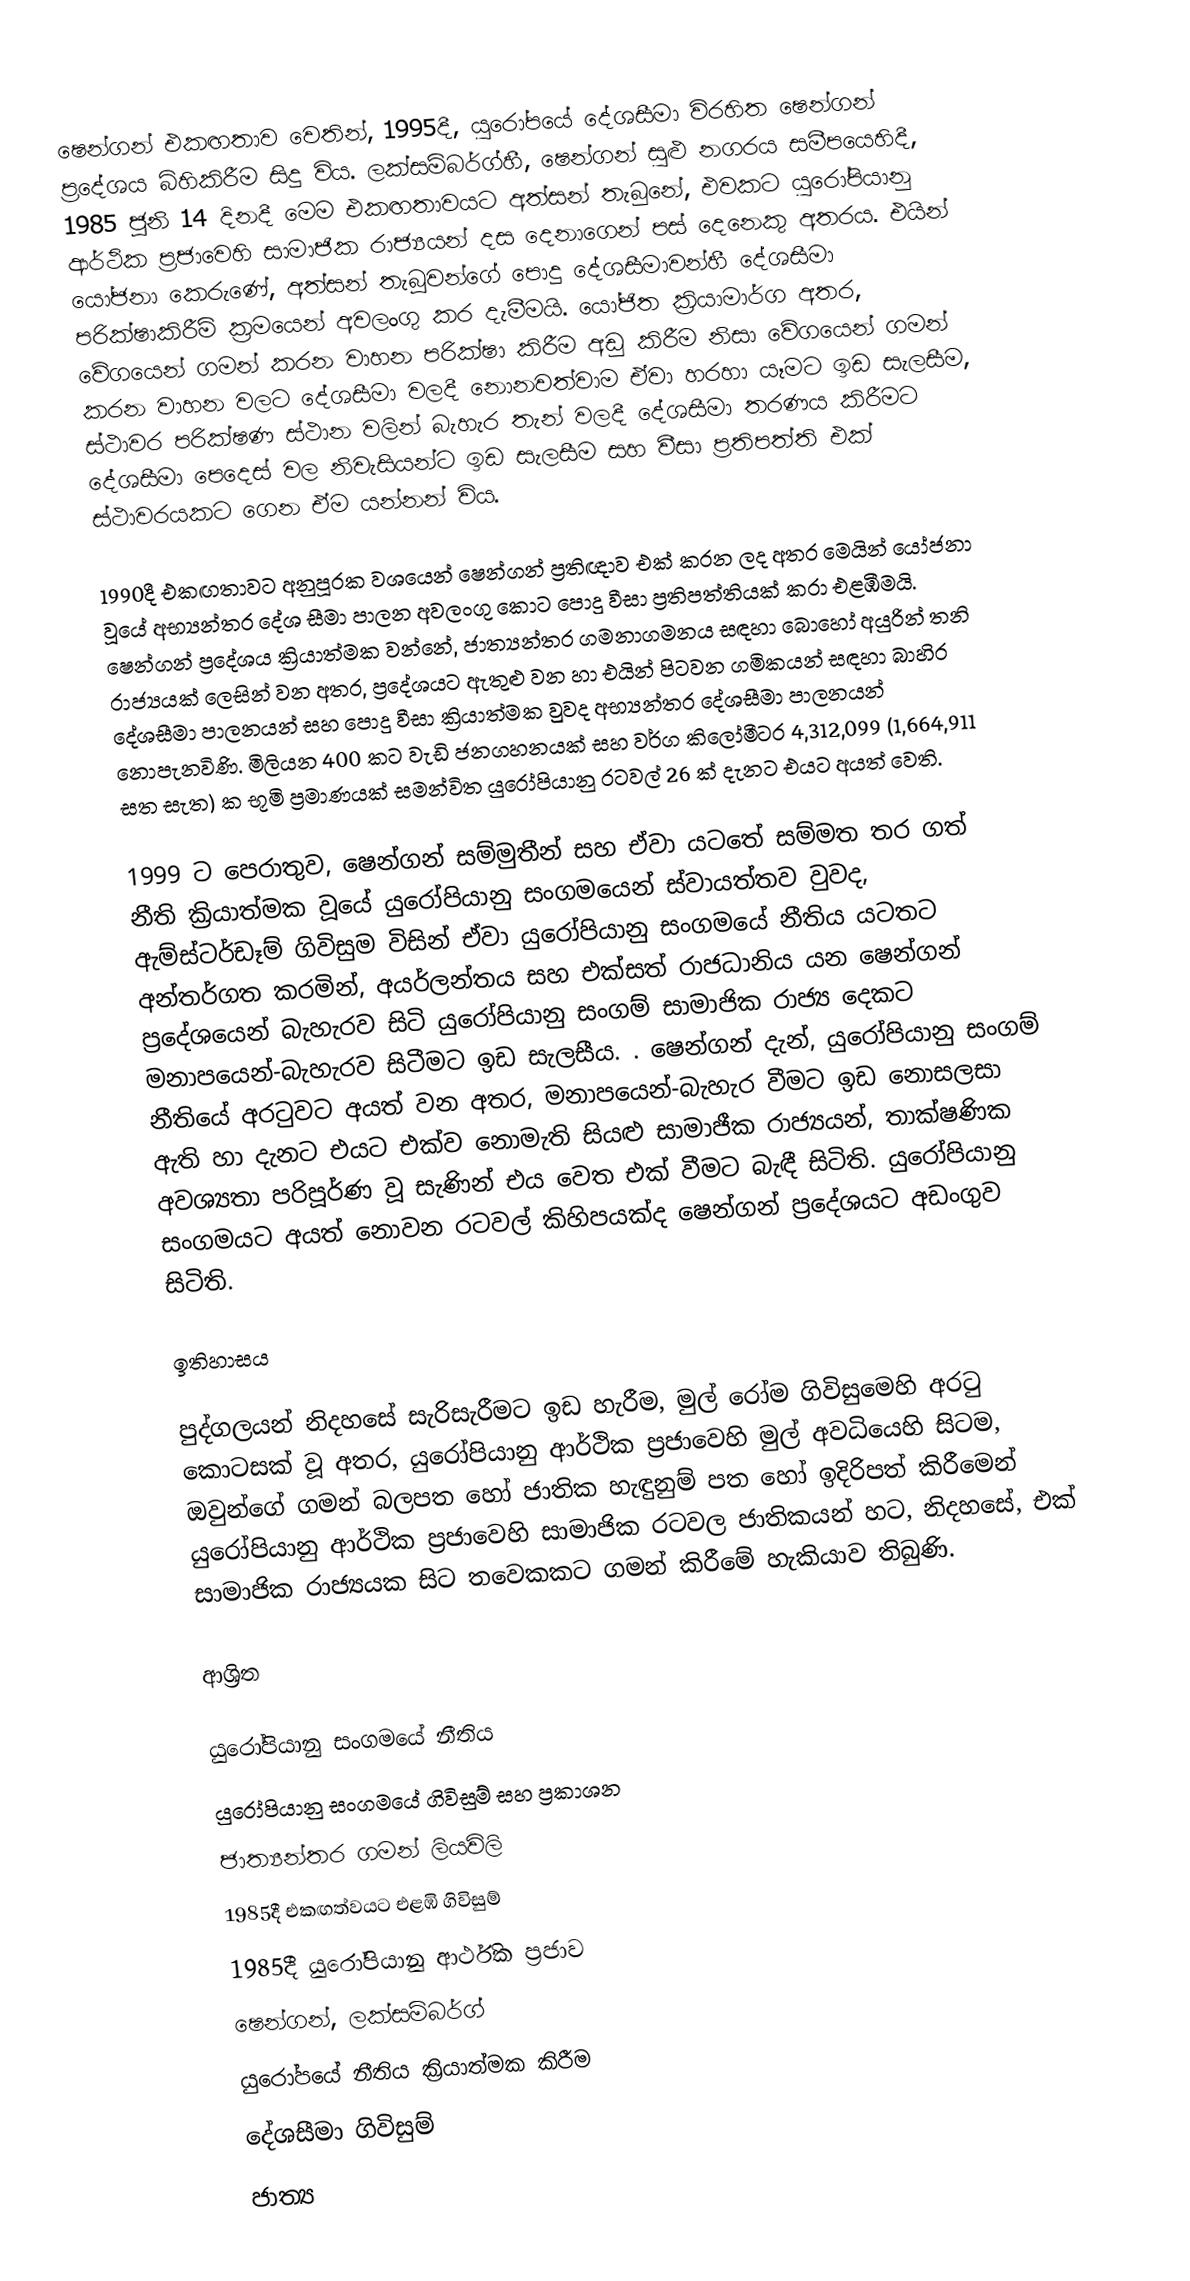
ෂෙන්ගන් එකඟතාව වෙතින්, 1995දී, යුරෝපයේ දේශසීමා විරහිත ෂෙන්ගන් ප්‍රදේශය බිහිකිරීම සිදු විය. ලක්සම්බර්ග්හී,  ෂෙන්ගන් සුළු නගරය සමීපයෙහිදී, 1985 ජූනි 14 දිනදී මෙම එකඟතාවයට අත්සන් තැබුනේ, එවකට යුරෝපියානු ආර්ථික ප්‍රජාවෙහි සාමාජික රාජ්‍යයන් දස දෙනාගෙන් පස් දෙනෙකු අතරය. එයින් යෝජනා කෙරුණේ, අත්සන් තැබූවන්ගේ පොදු දේශසීමාවන්හී දේශසීමා පරික්ෂාකිරීම් ක්‍රමයෙන් අවලංගු කර දැමීමයි. යෝජිත ක්‍රියාමාර්ග අතර, වේගයෙන් ගමන් කරන වාහන පරික්ෂා කිරීම අඩු කිරීම නිසා වේගයෙන් ගමන් කරන වාහන වලට දේශසීමා වලදී නොනවත්වාම ඒවා හරහා යෑමට ඉඩ සැලසීම, ස්ථාවර පරික්ෂණ ස්ථාන වලින් බැහැර තැන් වලදී දේශසීමා තරණය කිරීමට දේශසීමා පෙදෙස් වල නිවැසියන්ට ඉඩ සැලසීම සහ වීසා ප්‍රතිපත්ති එක් ස්ථාවරයකට ගෙන ඒම යන්නන් විය.

1990දී එකඟතාවට අනුපූරක වශයෙන් ෂෙන්ගන් ප්‍රතිඥාව එක් කරන ලද අතර මෙයින් යෝජනා වූයේ අභ්‍යන්තර දේශ සීමා පාලන අවලංගු කොට පොදු වීසා ප්‍රතිපත්තියක් කරා එළඹීමයි. ෂෙන්ගන් ප්‍රදේශය ක්‍රියාත්මක වන්නේ, ජාත්‍යන්තර ගමනාගමනය සඳහා  බොහෝ අයුරින් තනි රාජ්‍යයක් ලෙසින්  වන අතර, ප්‍රදේශයට ඇතුළු වන හා එයින් පිටවන ගමිකයන් සඳහා බාහිර දේශසීමා පාලනයන් සහ පොදු වීසා ක්‍රියාත්මක වුවද අභ්‍යන්තර දේශසීමා පාලනයන් නොපැනවිණි. මිලියන  400 කට වැඩි ජනගහනයක් සහ වර්ග කිලෝමීටර  4,312,099 (1,664,911 සත සැත) ක භූමි ප්‍රමාණයක් සමන්විත යුරෝපියානු රටවල් 26 ක් දැනට එයට අයත් වෙති.

1999 ට පෙරාතුව, ෂෙන්ගන් සම්මුතීන් සහ ඒවා යටතේ සම්මත තර ගත් නීති ක්‍රියාත්මක වූයේ  යුරෝපියානු සංගමයෙන් ස්වායත්තව වුවද, ඇම්ස්ටර්ඩෑම් ගිවිසුම විසින් ඒවා යුරෝපියානු සංගමයේ නීතිය යටතට අන්තර්ගත කරමින්,  අයර්ලන්තය සහ එක්සත් රාජධානිය යන ෂෙන්ගන් ප්‍රදේශයෙන් බැහැරව සිටි  යුරෝපියානු සංගම් සාමාජික රාජ්‍ය දෙකට  මනාපයෙන්-බැහැරව සිටීමට  ඉඩ සැලසීය.  .  ෂෙන්ගන් දැන්, යුරෝපියානු සංගම් නීතියේ අරටුවට අයත් වන අතර, මනාපයෙන්-බැහැර වීමට ඉඩ නොසලසා ඇති හා දැනට එයට එක්ව නොමැති සියළු සාමාජීක රාජ්‍යයන්, තාක්ෂණික අවශ්‍යතා පරිපූර්ණ වූ සැණින් එය වෙත එක් වීමට බැඳී සිටිති.  යුරෝපියානු සංගමයට අයත් නොවන රටවල් කිහිපයක්ද ෂෙන්ගන් ප්‍රදේශයට අඩංගුව සිටිති.

ඉතිහාසය

පුද්ගලයන් නිදහසේ සැරිසැරීමට ඉඩ හැරීම, මුල් රෝම ගිවිසුමෙහි අරටු කොටසක් වූ අතර, යුරෝපියානු ආර්ථික ප්‍රජාවෙහි මුල් අවධියෙහි සිටම, ඔවුන්ගේ ගමන් බලපත හෝ ජාතික හැඳුනුම් පත හෝ ඉදිරිපත් කිරීමෙන් යුරෝපියානු ආර්ථික ප්‍රජාවෙහි සාමාජික රටවල ජාතිකයන් හට, නිදහසේ,  එක් සාමාජික රාජ්‍යයක සිට තවෙකකට ගමන් කිරීමේ හැකියාව තිබුණි.

ආශ්‍රිත

යුරෝපියානු සංගමයේ නීතිය
යුරෝපියානු සංගමයේ ගිවිසුම් සහ ප්‍රකාශන
ජාත්‍යන්තර ගමන් ලියවිලි
1985දී එකඟත්වයට එළඹි ගිවිසුම්
1985දී යුරෝපියානු ආර්ථික ප්‍රජාව
ෂෙන්ගන්, ලක්සම්බර්ග්
යුරෝපයේ නීතිය ක්‍රියාත්මක කිරීම
දේශසීමා ගිවිසුම්
ජාත්‍ය